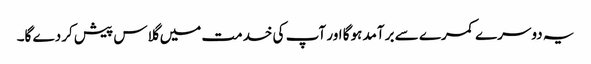
یہ دوسرے کمرے سے برآمد ہوگا اور آپ کی خدمت میں گلاس پیش کردے گا۔